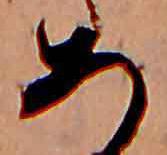
あ